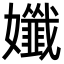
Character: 孅